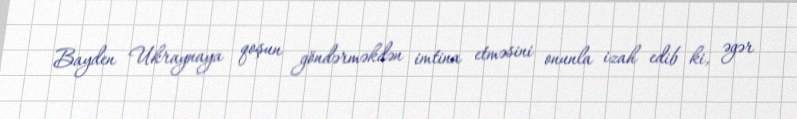
Bayden Ukraynaya qoşun göndərməkdən imtina etməsini onunla izah edib ki, əgər